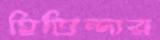
হিতিন্দার